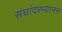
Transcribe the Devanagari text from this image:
संघांदरम्यानन